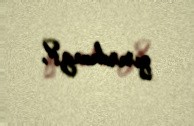
qırırdınız?.